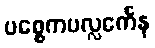
ပစ္စေကပလ္လင်္ကေန